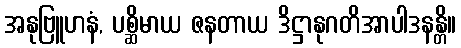
အနုဗြူဟနံ, ပစ္ဆိမာယ ဇနတာယ ဒိဋ္ဌာနုဂတိအာပါဒနန္တိ။